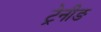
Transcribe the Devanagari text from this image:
ट्रेनीङ